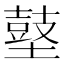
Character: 𪔋